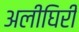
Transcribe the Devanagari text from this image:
अलीघिरी